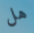
هل